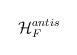
LaTeX: \begin{align*}\mathcal{H}_{F}^{antis}\end{align*}